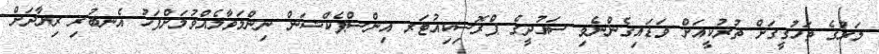
މަރުގެ ތަހުގީގަށް ތުރުކީއަށް ވަޑައިގެންނެވި ސައުދީގެ ޕްރޮސިކިއުޓަރ އިންސްޕެކްޝަން ނިންމަވާލެއްވުމަށްފަހު އެނބުރި ރިޔާދަށް